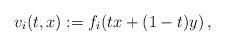
LaTeX: \begin{align*}v_i(t, x) &:= f_i(tx +(1-t)y)\, , \end{align*}